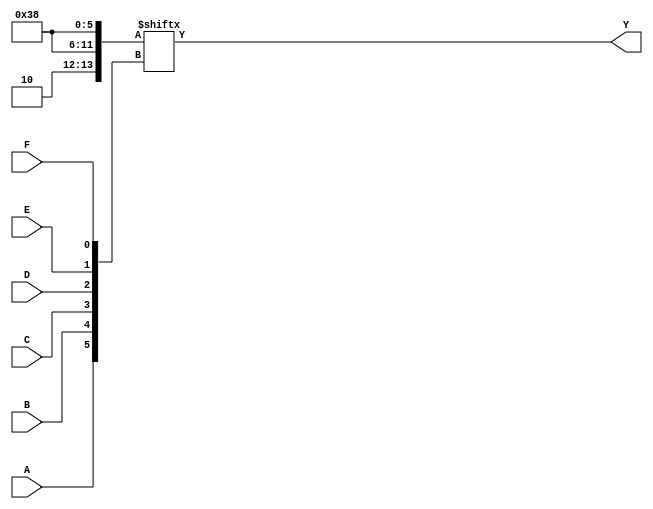
module kmap_6_variable (
    input wire A, // Input variable A
    input wire B, // Input variable B
    input wire C, // Input variable C
    input wire D, // Input variable D
    input wire E, // Input variable E
    input wire F, // Input variable F
    output wire Y // Output signal
);

// Internal wire to represent the K-map output
wire [63:0] kmap;

// Define the K-map based on the truth table.
// Each bit corresponds to a cell in the K-map.
// The positions are determined by the Gray code order for 6 variables.
// Example truth table values (modify as needed):
assign kmap[0]  = 1'b0;  // A'B'C'D'E'F'
assign kmap[1]  = 1'b0;  // A'B'C'D'E'F
assign kmap[2]  = 1'b0;  // A'B'C'D'EF'
assign kmap[3]  = 1'b1;  // A'B'C'D'EF
assign kmap[4]  = 1'b1;  // A'B'C'DE'F'
assign kmap[5]  = 1'b1;  // A'B'C'DE'F
// Continue defining the K-map values for all 64 cells
// ...
assign kmap[62] = 1'b0;  // A'B'C'DEF
assign kmap[63] = 1'b1;  // ABCDEF

// The output Y is determined by the K-map based on the combination of inputs
assign Y = kmap[{A, B, C, D, E, F}]; // Concatenate inputs to get the cell index

endmodule